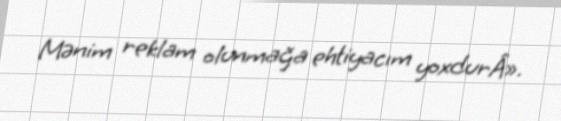
Mənim reklam olunmağa ehtiyacım yoxdurÂ».